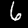
Label: 6